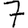
Digit: 7